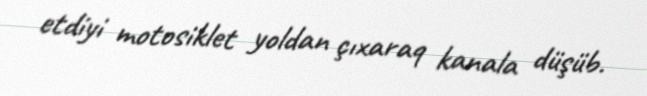
etdiyi motosiklet yoldan çıxaraq kanala düşüb.